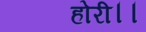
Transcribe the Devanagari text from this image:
होरी।।